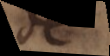
de